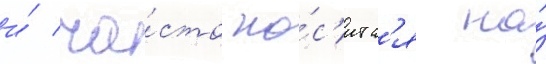
и́ ча́сто но́с'итс'я на́